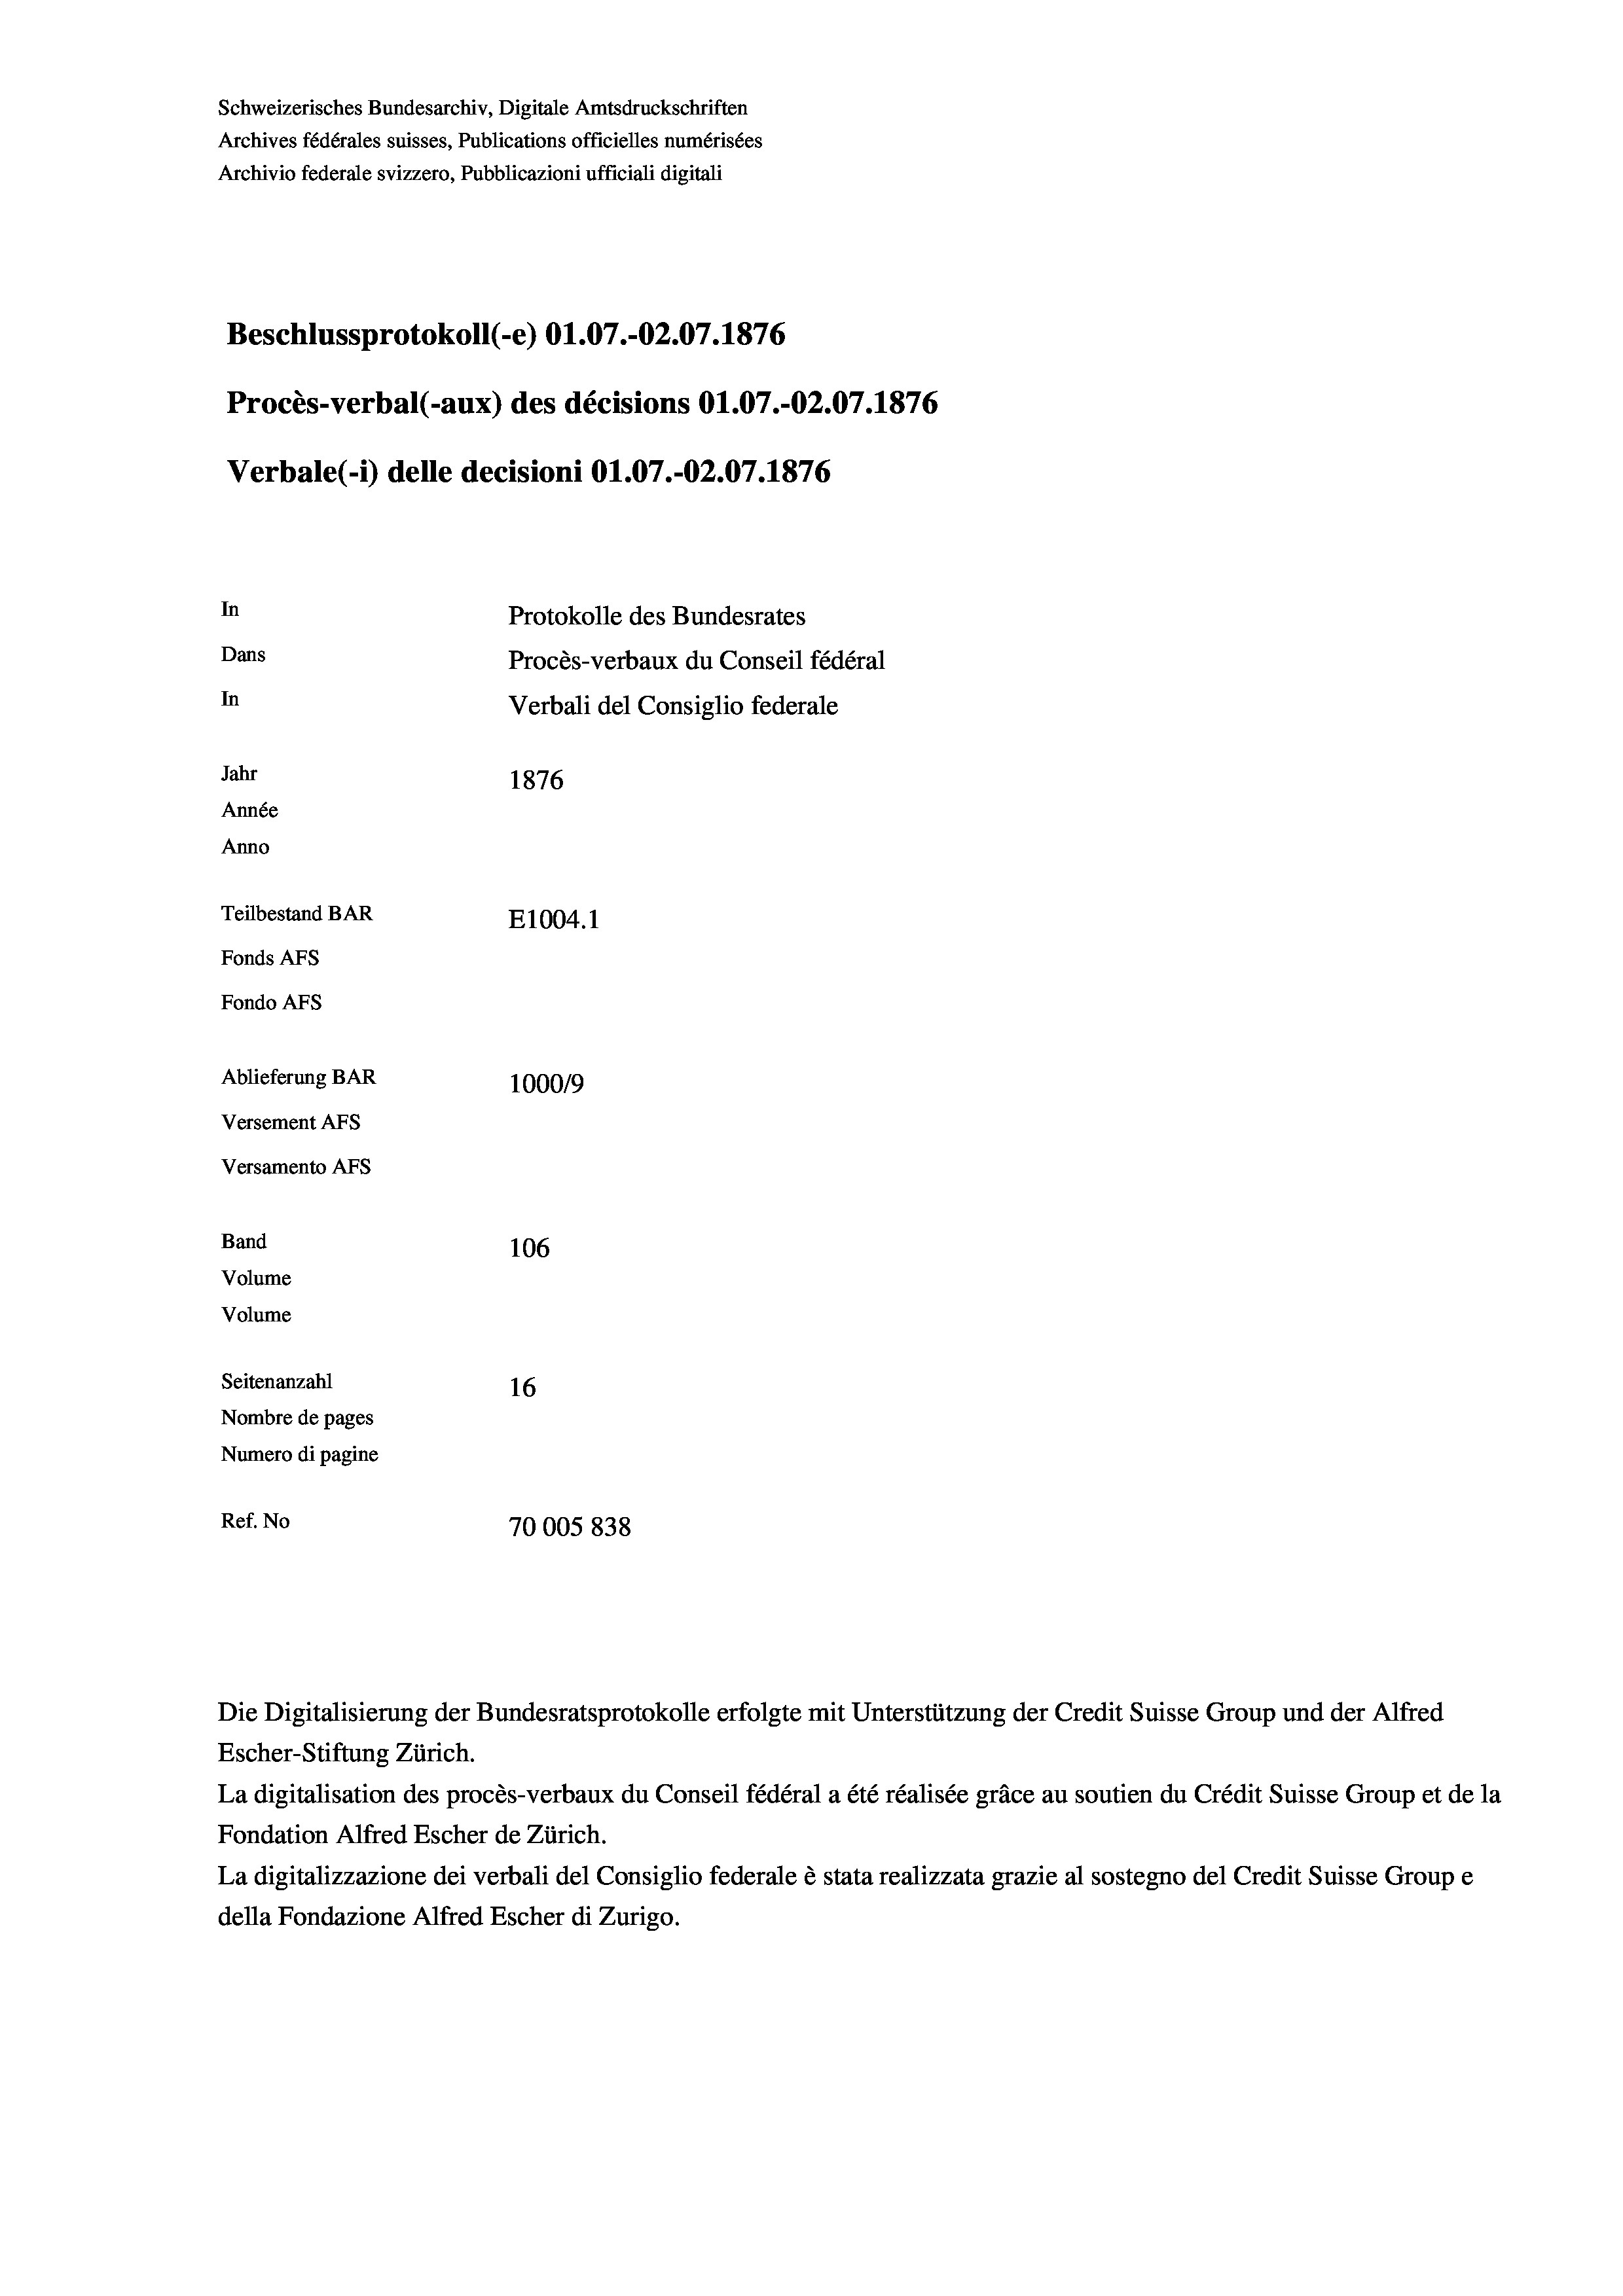
Schweizerisches Bundesarchiv, Digitale Amtsdruckschriften
Archives fédérales suisses, Publications officielles numérisées
Archivio federale svizzero, Pubblicazioni ufficiali digitali
Beschlussprotokoll (-e) O1.07.-02.07. 1876
Procès-verbal (-aux) des décisions Ol.07.-02.07. 1876
Verbale (1) delle decisioni Ol.07.-02.07. 1876
In
Protokolle des Bundesrates
Dans
Procès-verbaux du Conseil fédéral
In
Verbali del Consiglio federale
Jahr
1876
Année
Anno
Teilbestand BAR
E1004. 1
Fonds AFs
Fondo Afs
Ablieferung BAR
100019
Versement AFs
Versamento Afs
Band
106
Volume
Volume
Seitenanzahl
16

Nombre de pages
Numero di pagine
Ref. No
70005838

Die Digitalisierung der Bundesratsprotokolle erfolgte mit Unterstützung der Credit Suisse Group und der Alfred
Escher-Stiftung Zürich.
La digitalisation des procès-verbaux du Conseil fédéral a été réalisée gräce au soutien du Crédit Suisse Group et de la
Fondation Alfred Escher de Zürich.
La digitalizzazione dei verbali del Consiglio federale è stata realizzata grazie al sostegno del Credit Suisse Groupe
della Fondazione Alfred Escher di Zurigo.